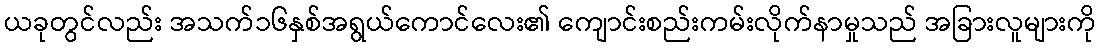
ယခုတွင်လည်း အသက်၁၆နှစ်အရွယ်ကောင်လေး၏ ကျောင်းစည်းကမ်းလိုက်နာမှုသည် အခြားလူများကို